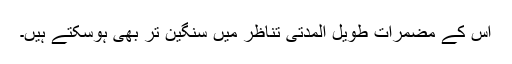
اس کے مضمرات طویل المدتی تناظر میں سنگین تر بھی ہوسکتے ہیں۔